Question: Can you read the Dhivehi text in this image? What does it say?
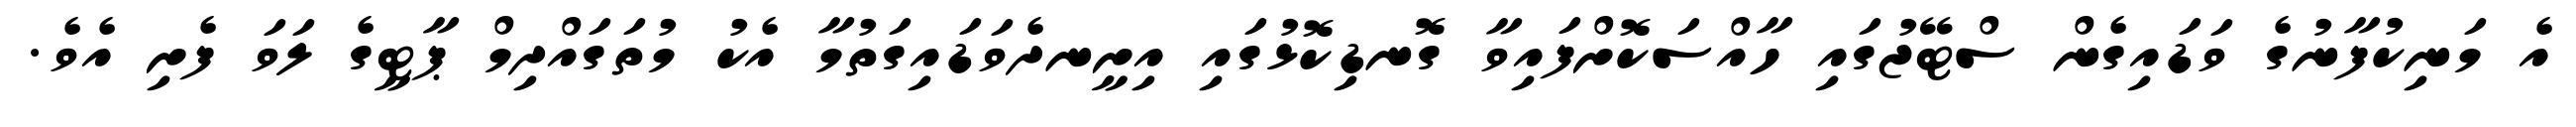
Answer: އެ މަނިކުފާނުގެ ވަޑައިގެން ސްޓޭޖުގައި ހާއްސަކޮށްފައިވާ ގޮނޑިކޮޅުގައި އިށީނދެވަޑައިގަތުމާ އެކު މުތަގައްދިމް ޕާޓީގެ ލަވަ ފެށި އެވެ.